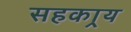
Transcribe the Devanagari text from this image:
सहकार्‍य